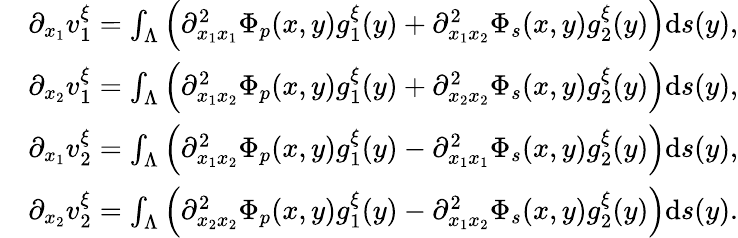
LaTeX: \begin{array}{rl}&{\partial_{x_{1}}v_{1}^{\xi}=\int_{\Lambda}\left(\partial_{x_{1}x_{1}}^{2}\Phi_{p}(x,y)g_{1}^{\xi}(y)+\partial_{x_{1}x_{2}}^{2}\Phi_{s}(x,y)g_{2}^{\xi}(y)\right)\mathrm{d}s(y),}\\ &{\partial_{x_{2}}v_{1}^{\xi}=\int_{\Lambda}\Big(\partial_{x_{1}x_{2}}^{2}\Phi_{p}(x,y)g_{1}^{\xi}(y)+\partial_{x_{2}x_{2}}^{2}\Phi_{s}(x,y)g_{2}^{\xi}(y)\Big)\mathrm{d}s(y),}\\ &{\partial_{x_{1}}v_{2}^{\xi}=\int_{\Lambda}\Big(\partial_{x_{1}x_{2}}^{2}\Phi_{p}(x,y)g_{1}^{\xi}(y)-\partial_{x_{1}x_{1}}^{2}\Phi_{s}(x,y)g_{2}^{\xi}(y)\Big)\mathrm{d}s(y),}\\ &{\partial_{x_{2}}v_{2}^{\xi}=\int_{\Lambda}\left(\partial_{x_{2}x_{2}}^{2}\Phi_{p}(x,y)g_{1}^{\xi}(y)-\partial_{x_{1}x_{2}}^{2}\Phi_{s}(x,y)g_{2}^{\xi}(y)\right)\mathrm{d}s(y).}\end{array}